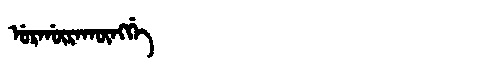
Manchu: ᡠᡵᡤᡡᡵᠠᡴᡡᠩᡤᡝ
Romanization: URGŪRAKŪNGGE